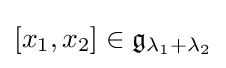
\left[x_{1},x_{2}\right]\in {\mathfrak {g}}_{\lambda _{1}+\lambda _{2}}